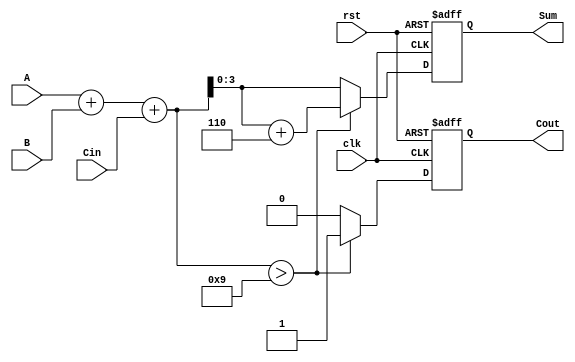
module BCD_Synchronous_Adder (
    input wire [3:0] A,      // First BCD digit
    input wire [3:0] B,      // Second BCD digit
    input wire Cin,          // Carry-in
    input wire clk,          // Clock signal
    input wire rst,          // Reset signal
    output reg [3:0] Sum,    // BCD sum output
    output reg Cout          // Carry-out output
);

    reg [4:0] intermediate_sum; // 5-bit to hold the sum including carry

    always @(posedge clk or posedge rst) begin
        if (rst) begin
            Sum <= 4'b0000;  // Reset Sum to 0
            Cout <= 1'b0;    // Reset Cout to 0
        end else begin
            // Step 1: Perform binary addition
            intermediate_sum = A + B + Cin;

            // Step 2: Check for BCD correction
            if (intermediate_sum > 5'd9) begin
                Sum <= intermediate_sum + 5'd6; // Add 6 to correct
                Cout <= 1'b1;                   // Set carry-out
            end else begin
                Sum <= intermediate_sum[3:0];   // Valid BCD, no correction needed
                Cout <= 1'b0;                   // No carry-out
            end
        end
    end

endmodule